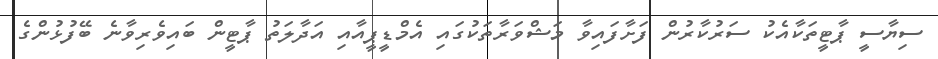
ސިޔާސީ ޕާޓީތަކާއެކު ސަރުކާރުން ފަށާފައިވާ މަޝްވަރާތަކުގައި އެމްޑީޕީއާއި އަދާލަތު ޕާޓީން ބައިވެރިވާނެ ބޭފުޅުންގެ